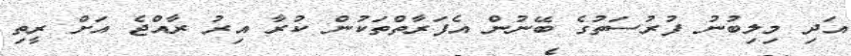
އަދި މިލިބުނު ފުރުސަތުގެ ބޭނުން އެފަރާތްތަކުން ކުރާ އިރު ރާއްޖެ އަށް ރީތި